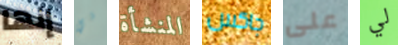
إنها ني المنشأة جاكس على لي